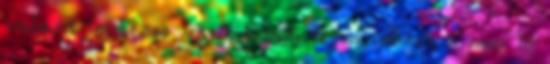
valami leütésre váró dögről, írjon nekem, s nem is